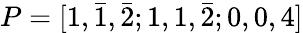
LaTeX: P=[1,\bar{1},\bar{2};1,1,\bar{2};0,0,4]